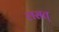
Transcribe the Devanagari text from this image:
लसत्